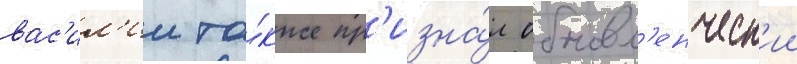
вас'ил'ии та́кже пр'изна́л обновл'енческ'ии